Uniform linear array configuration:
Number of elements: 48
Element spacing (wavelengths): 0.25
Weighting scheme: uniform
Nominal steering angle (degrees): -30
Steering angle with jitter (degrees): -28.56
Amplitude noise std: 0.05
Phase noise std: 0.05

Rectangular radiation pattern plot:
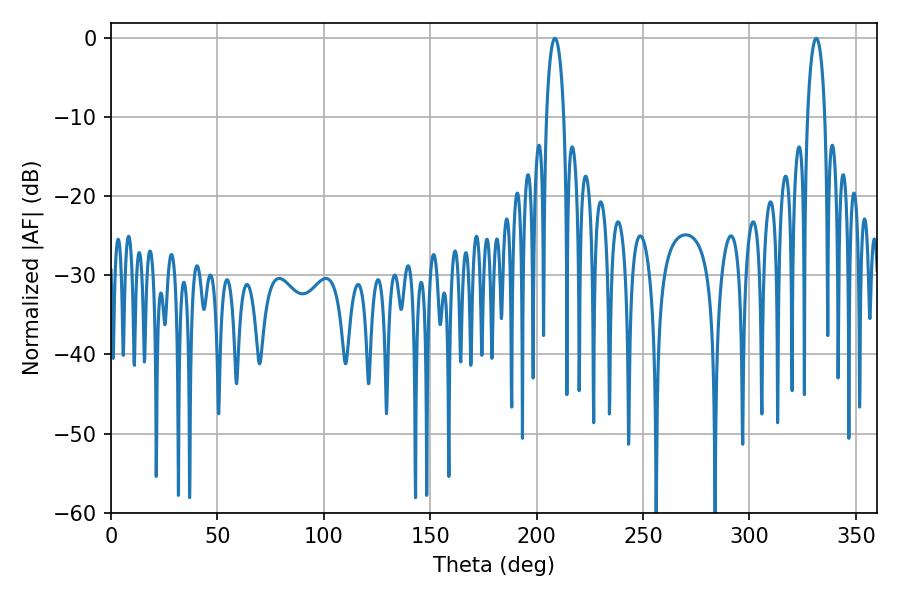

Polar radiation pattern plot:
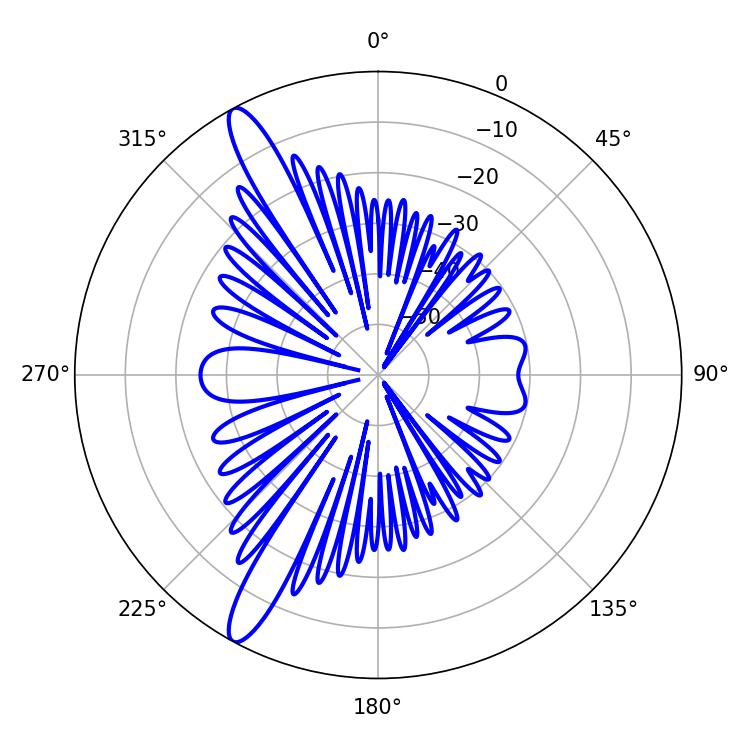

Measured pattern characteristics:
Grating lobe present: FALSE
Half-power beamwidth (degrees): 4.68
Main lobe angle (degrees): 208.62